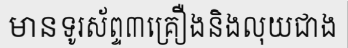
មានទូរស័ព្ទ៣គ្រឿងនិងលុយជាង